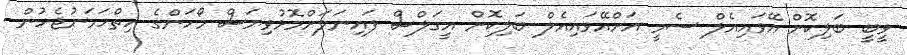
ވީބީ ބަލިކޮށް އޭވައިއެލް ސެމީ އަށްއޭވައިއެލް ބަލިކޮށް އީގަލްސް ފައިނަލަށްމޮޅުވިޔަސް މޯހަންގެ ހިތްހަމަނުޖެހުން